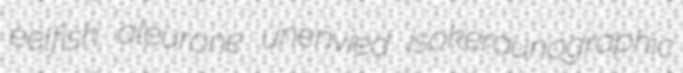
eelfish aleurone unenvied isokeraunographic